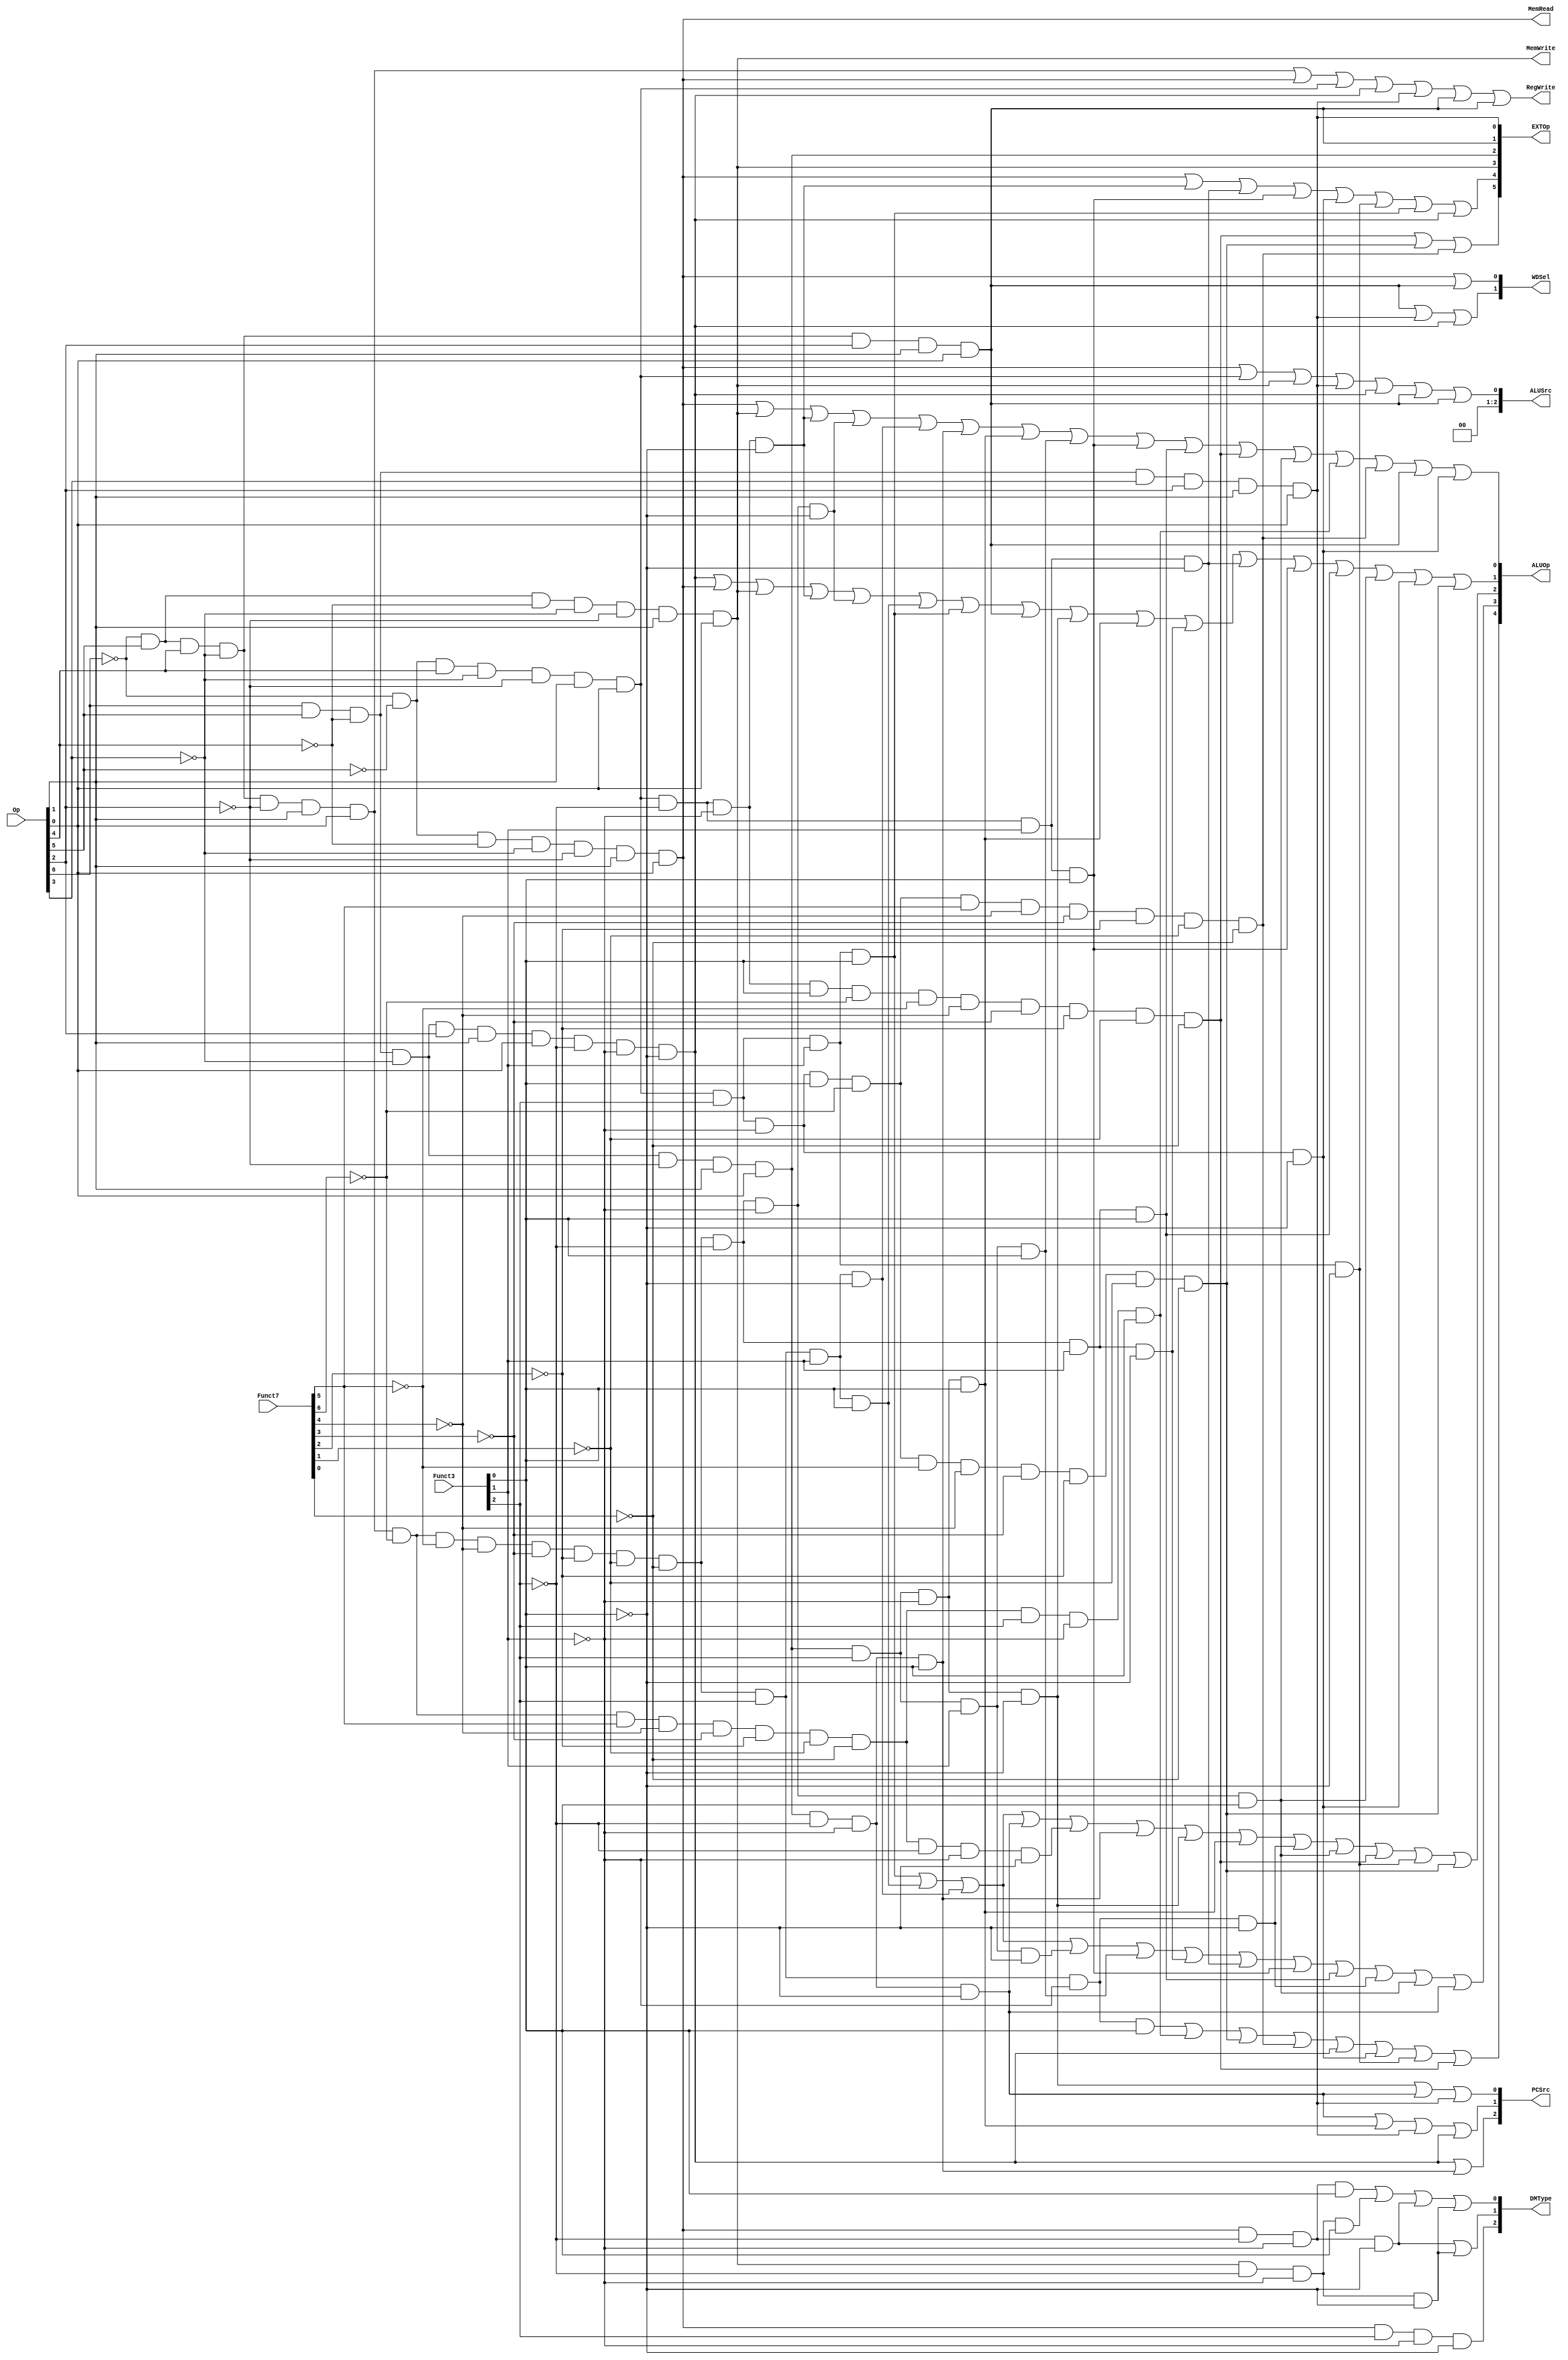
module CTRL(
    input[6:0]  Op,
    input[6:0]  Funct7,
    input[3:0]  Funct3,
    output      RegWrite,
    output      MemWrite,
    output      MemRead,
    output[5:0] EXTOp,
    output[4:0] ALUOp,
    output[2:0] ALUSrc,
    output[2:0] DMType,
    output[1:0] WDSel,
    output[2:0] PCSrc
);
    // R type
    wire rtype   = ~Op[6] &  Op[5] &  Op[4] & ~Op[3] & ~Op[2] &  Op[1] &  Op[0];
    wire i_add   = rtype & ~Funct7[6] & ~Funct7[5] & ~Funct7[4] & ~Funct7[3] & ~Funct7[2] & ~Funct7[1] & ~Funct7[0] & ~Funct3[2] & ~Funct3[1] & ~Funct3[0];
    wire i_sub   = rtype & ~Funct7[6] &  Funct7[5] & ~Funct7[4] & ~Funct7[3] & ~Funct7[2] & ~Funct7[1] & ~Funct7[0] & ~Funct3[2] & ~Funct3[1] & ~Funct3[0];
    wire i_sll   = rtype & ~Funct7[6] & ~Funct7[5] & ~Funct7[4] & ~Funct7[3] & ~Funct7[2] & ~Funct7[1] & ~Funct7[0] & ~Funct3[2] & ~Funct3[1] &  Funct3[0];
    wire i_slt   = rtype & ~Funct7[6] & ~Funct7[5] & ~Funct7[4] & ~Funct7[3] & ~Funct7[2] & ~Funct7[1] & ~Funct7[0] & ~Funct3[2] &  Funct3[1] & ~Funct3[0];
    wire i_sltu  = rtype & ~Funct7[6] & ~Funct7[5] & ~Funct7[4] & ~Funct7[3] & ~Funct7[2] & ~Funct7[1] & ~Funct7[0] & ~Funct3[2] &  Funct3[1] &  Funct3[0];
    wire i_xor   = rtype & ~Funct7[6] & ~Funct7[5] & ~Funct7[4] & ~Funct7[3] & ~Funct7[2] & ~Funct7[1] & ~Funct7[0] &  Funct3[2] & ~Funct3[1] & ~Funct3[0];
    wire i_srl   = rtype & ~Funct7[6] & ~Funct7[5] & ~Funct7[4] & ~Funct7[3] & ~Funct7[2] & ~Funct7[1] & ~Funct7[0] &  Funct3[2] & ~Funct3[1] &  Funct3[0];
    wire i_sra   = rtype & ~Funct7[6] &  Funct7[5] & ~Funct7[4] & ~Funct7[3] & ~Funct7[2] & ~Funct7[1] & ~Funct7[0] &  Funct3[2] & ~Funct3[1] &  Funct3[0];
    wire i_or    = rtype & ~Funct7[6] & ~Funct7[5] & ~Funct7[4] & ~Funct7[3] & ~Funct7[2] & ~Funct7[1] & ~Funct7[0] &  Funct3[2] &  Funct3[1] & ~Funct3[0];
    wire i_and   = rtype & ~Funct7[6] & ~Funct7[5] & ~Funct7[4] & ~Funct7[3] & ~Funct7[2] & ~Funct7[1] & ~Funct7[0] &  Funct3[2] &  Funct3[1] &  Funct3[0];
    // I type
    wire itype_l = ~Op[6] & ~Op[5] & ~Op[4] & ~Op[3] & ~Op[2] &  Op[1] &  Op[0];
    wire i_lb    = itype_l & ~Funct3[2] & ~Funct3[1] & ~Funct3[0];
    wire i_lh    = itype_l & ~Funct3[2] & ~Funct3[1] &  Funct3[0];
    wire i_lw    = itype_l & ~Funct3[2] &  Funct3[1] & ~Funct3[0];
    wire i_lbu   = itype_l &  Funct3[2] & ~Funct3[1] & ~Funct3[0];
    wire i_lhu   = itype_l &  Funct3[2] & ~Funct3[1] &  Funct3[0];
    wire itype_r = ~Op[6] & ~Op[5] &  Op[4] & ~Op[3] & ~Op[2] &  Op[1] &  Op[0];
    wire i_addi  = itype_r & ~Funct3[2] & ~Funct3[1] & ~Funct3[0];
    wire i_slti  = itype_r & ~Funct3[2] &  Funct3[1] & ~Funct3[0];
    wire i_sltiu = itype_r & ~Funct3[2] &  Funct3[1] &  Funct3[0];
    wire i_xori  = itype_r &  Funct3[2] & ~Funct3[1] & ~Funct3[0];
    wire i_ori   = itype_r &  Funct3[2] &  Funct3[1] & ~Funct3[0];
    wire i_andi  = itype_r &  Funct3[2] &  Funct3[1] &  Funct3[0];
    wire i_slli  = itype_r & ~Funct3[2] & ~Funct3[1] &  Funct3[0] & ~Funct7[6] & ~Funct7[5] & ~Funct7[4] & ~Funct7[3] & ~Funct7[2] & ~Funct7[1] & ~Funct7[0];
    wire i_srli  = itype_r &  Funct3[2] & ~Funct3[1] &  Funct3[0] & ~Funct7[6] & ~Funct7[5] & ~Funct7[4] & ~Funct7[3] & ~Funct7[2] & ~Funct7[1] & ~Funct7[0];
    wire i_srai  = itype_r &  Funct3[2] & ~Funct3[1] &  Funct3[0] & ~Funct7[6] &  Funct7[5] & ~Funct7[4] & ~Funct7[3] & ~Funct7[2] & ~Funct7[1] & ~Funct7[0];
    // S type
    wire stype   = ~Op[6] &  Op[5] & ~Op[4] & ~Op[3] & ~Op[2] &  Op[1] &  Op[0];
    wire i_sb    = stype & ~Funct3[2] & ~Funct3[1] & ~Funct3[0];
    wire i_sh    = stype & ~Funct3[2] & ~Funct3[1] &  Funct3[0];
    wire i_sw    = stype & ~Funct3[2] &  Funct3[1] & ~Funct3[0];
    // U type
    wire utype   = ~Op[6] &  Op[5] &  Op[4] & ~Op[3] &  Op[2] &  Op[1] &  Op[0];
    wire i_lui   = utype;
    wire i_auipc = utype;
    // B type
    wire sbtype  =  Op[6] &  Op[5] & ~Op[4] & ~Op[3] & ~Op[2] &  Op[1] &  Op[0];
    wire i_beq   = sbtype & ~Funct3[2] & ~Funct3[1] & ~Funct3[0];
    wire i_bne   = sbtype & ~Funct3[2] & ~Funct3[1] &  Funct3[0];
    wire i_blt   = sbtype &  Funct3[2] & ~Funct3[1] & ~Funct3[0];
    wire i_bge   = sbtype &  Funct3[2] & ~Funct3[1] &  Funct3[0];
    wire i_bltu  = sbtype &  Funct3[2] &  Funct3[1] & ~Funct3[0];
    wire i_bgeu  = sbtype &  Funct3[2] &  Funct3[1] &  Funct3[0];
    // J type
    wire jtype_jal   =  Op[6] &  Op[5] & ~Op[4] &  Op[3] &  Op[2] &  Op[1] &  Op[0];
    wire jtype_jalr  =  Op[6] &  Op[5] & ~Op[4] & ~Op[3] &  Op[2] &  Op[1] &  Op[0];
    wire i_jal   = jtype_jal;
    wire i_jalr  = jtype_jalr & ~Funct3[2] & ~Funct3[1] & ~Funct3[0];

    // RegWrite MemWrite ALUSrc 
    assign RegWrite  = rtype | itype_l | itype_r | i_jalr | i_jal | i_lui | i_auipc;
    assign MemWrite  = stype;
    assign MemRead   = itype_l;
    assign ALUSrc    = itype_l | itype_r | stype | i_jal | i_jalr | i_auipc | i_lui;
    // WDSel 
    assign WDSel[1]  = i_lui   | i_jal | i_jalr;
    assign WDSel[0]  = itype_l | i_lui;
    
    assign ALUOp[4]  = i_srl   | i_sra   | i_srli  | i_srai | i_jalr | i_xori | i_ori   | i_slli;
    assign ALUOp[3]  = i_andi  | i_and   | i_or    | i_bltu | i_bgeu | i_slt  | i_slti  | i_sltiu | i_sltu  | i_xor   | i_sll   | i_beq;
    assign ALUOp[2]  = i_andi  | i_and   | i_or    | i_beq  | i_sub  | i_bne  | i_blt   | i_bge   | i_xor   | i_sll   | i_slli  | i_ori   | i_srli;
    assign ALUOp[1]  = i_jalr  | itype_l | stype   | i_addi | i_add  | i_and  | i_andi  | i_auipc | i_blt   | i_bge   | i_slt   | i_slti  | i_sltiu | i_sltu | i_sll | i_xori | i_srli;
    assign ALUOp[0]  = itype_l | stype   | i_addi  | i_add  | i_or   | i_bne  | i_bge   | i_bgeu  | i_sltiu | i_sltu  | i_slli  | i_sll   | i_sra   | i_srai | i_lui | i_xori;

    assign EXTOp[5]  = i_slli  | i_srli | i_srai;
    assign EXTOp[4]  = itype_l | i_addi | i_slti | i_sltiu | i_xori | i_ori | i_andi | i_jalr;
    assign EXTOp[3]  = stype;
    assign EXTOp[2]  = sbtype;
    assign EXTOp[1]  = i_auipc | i_lui;
    assign EXTOp[0]  = i_jal;

    assign DMType[2] = i_lbu;
    assign DMType[1] = i_lb | i_sb;
    assign DMType[0] = i_lh | i_sh | i_lb | i_sb;

    assign PCSrc[2] = i_jalr | i_bne;
    assign PCSrc[1] = i_beq  | i_bge | i_jal | i_jalr;
    assign PCSrc[0] = i_blt  | i_beq | i_jal;

endmodule